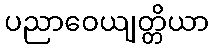
ပညာဝေယျတ္တိယာ